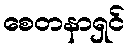
စေတနာရှင်